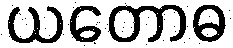
ယတောဓ